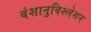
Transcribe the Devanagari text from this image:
वंशानुविश्लेशन